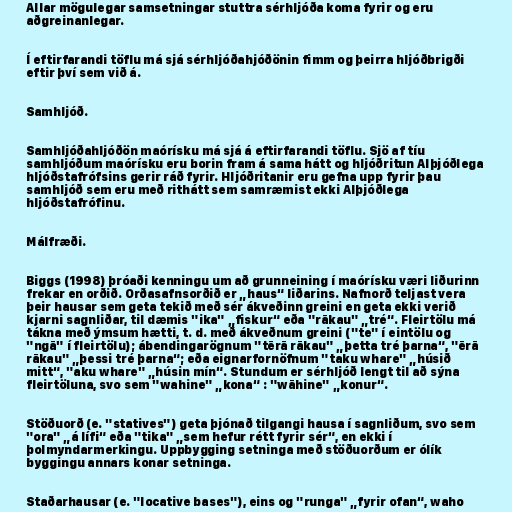
Allar mögulegar samsetningar stuttra sérhljóða koma fyrir og eru
aðgreinanlegar.

Í eftirfarandi töflu má sjá sérhljóðahjóðönin fimm og þeirra hljóðbrigði
eftir því sem við á.

Samhljóð.

Samhljóðahljóðön maórísku má sjá á eftirfarandi töflu. Sjö af tíu
samhljóðum maórísku eru borin fram á sama hátt og hljóðritun Alþjóðlega
hljóðstafrófsins gerir ráð fyrir. Hljóðritanir eru gefna upp fyrir þau
samhljóð sem eru með rithátt sem samræmist ekki Alþjóðlega
hljóðstafrófinu.

Málfræði.

Biggs (1998) þróaði kenningu um að grunneining í maórísku væri liðurinn
frekar en orðið. Orðasafnsorðið er „haus“ liðarins. Nafnorð teljast vera
þeir hausar sem geta tekið með sér ákveðinn greini en geta ekki verið
kjarni sagnliðar, til dæmis "ika" „fiskur“ eða "rākau" „tré“. Fleirtölu má
tákna með ýmsum hætti, t. d. með ákveðnum greini ("te" í eintölu og
"ngā" í fleirtölu); ábendingarögnum "tērā rākau" „þetta tré þarna“, "ērā
rākau" „þessi tré þarna“; eða eignarfornöfnum "taku whare" „húsið
mitt“, "aku whare" „húsin mín“. Stundum er sérhljóð lengt til að sýna
fleirtöluna, svo sem "wahine" „kona“ : "wāhine" „konur“.

Stöðuorð (e. "statives") geta þjónað tilgangi hausa í sagnliðum, svo sem
"ora" „á lífi“ eða "tika" „sem hefur rétt fyrir sér“, en ekki í
þolmyndarmerkingu. Uppbygging setninga með stöðuorðum er ólík
byggingu annars konar setninga.

Staðarhausar (e. "locative bases"), eins og "runga" „fyrir ofan“, waho